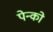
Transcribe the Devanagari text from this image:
पेन्को